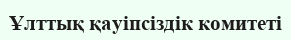
Ұлттық қауіпсіздік комитеті